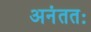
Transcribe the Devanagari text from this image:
अनंततः